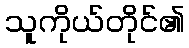
သူကိုယ်တိုင်၏